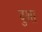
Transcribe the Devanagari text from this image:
दुशा